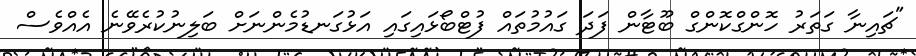
"ޗައިނާ ގަތަރު ހޮންގްކޮންގް ބޫޓާން ފަދަ ގައުމުތައް ފުޓްބޯޅައިގައި އަޅުގަނޑުމެންނަށް ބަލިނުކުރެވޭނެ އެއްވެސް